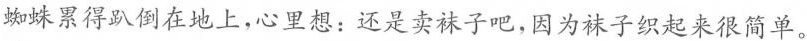
蜘蛛累得趴倒在地上，心里想：还是卖袜子吧，因为袜子织起来很简单。